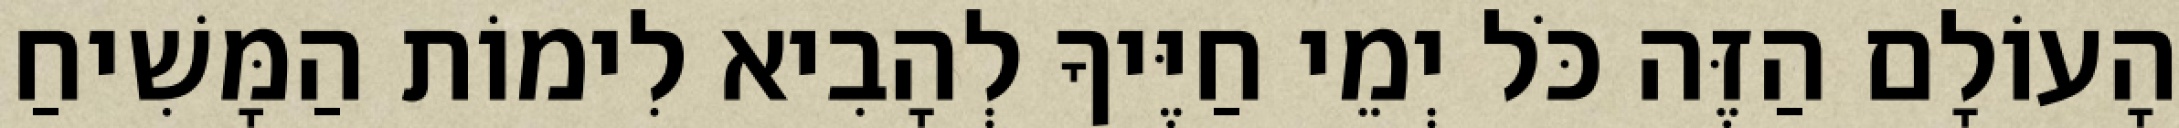
הָעוֹלָם הַזֶּה כֹּל יְמֵי חַיֶּיךָ לְהָבִיא לִימוֹת הַמָּשִׁיחַ